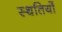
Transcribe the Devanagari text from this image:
स्‍थतियों